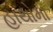
હાથોમા